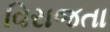
વિરાજતા